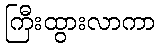
ကြီးထွားလာကာ